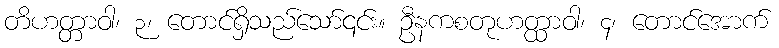
တိဟတ္တာဝါ၊ ၃၊ တောင်ရှိသည်သော်၎င်း။ ဦနကစတုဟတ္ထာဝါ၊ ၄၊ တောင်အောက်